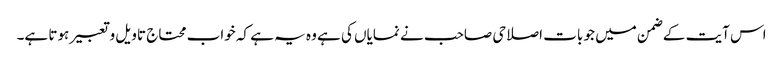
اس آیت کے ضمن میں جو بات اصلاحی صاحب نے نمایاں کی ہے وہ یہ ہے کہ خواب محتاج تاویل و تعبیر ہوتا ہے۔